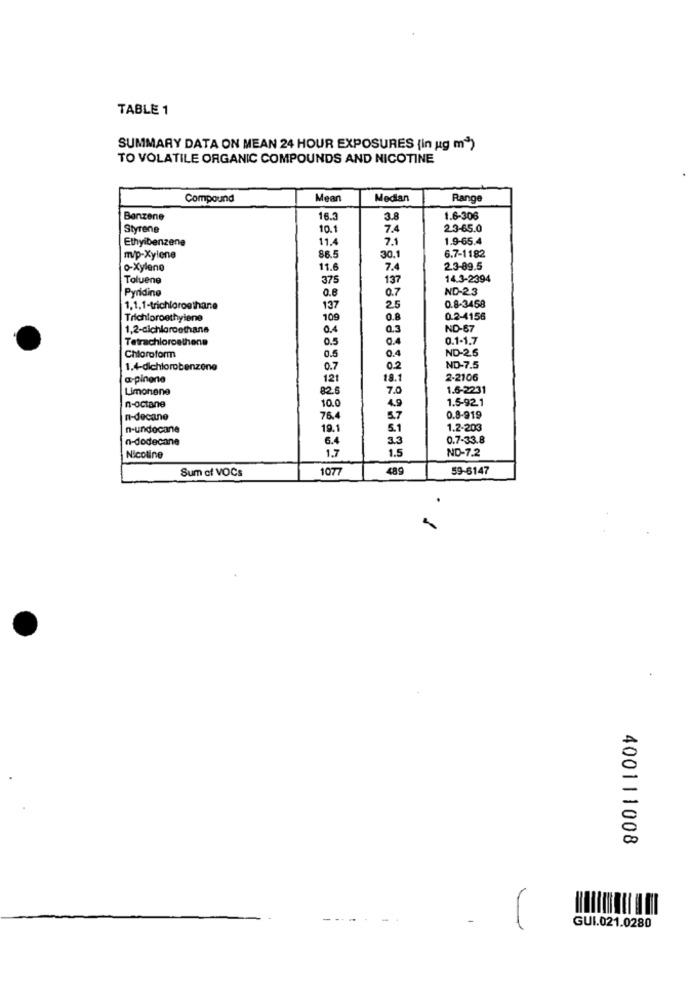
TABLE 1
SUMMARY DATA ON MEAN 24 HOUR EXPOSURES {in ug m")
TO VOLATILE ORGANIC COMPOUNDS AND NICOTINE
Compound
Mean
Median
Range
Benzene
16.3
3.8
1.6-306
Styrene
10.1
7.4
2.3-65.0
Ethyibenzene
11.4
7.1
1.9-65.4
6.7-1182
m/p-Xylene
86.5
30.1
o-Xylene
11.6
7.4
2.3-89.5
Toluene
375
137
14.3-2394
Pyridine
0.8
0.7
ND-23
0.8-3458
1.1.1-trichloroethane
137
25
Trichloroethylene
109
0.8
0.2-4156
1.2-cichloroethans
0,4
0.3
ND-67
Tetrachloroethene
0.5
0.4
0.1-1.7
0.4
ND-2.6
Chloroform
0.5
1.4-dichlorobenzene
0.7
0.2
NO-7.5
a-pinone
121
18.1
2-2106
Limonene
02.
7.0
1.6-2231
10.0
4.9
1.5-92.1
n-octane
0.8-919
n-decane
76.
5.7
n-undocane
19.1
5.1
1.2-203
n-dodecane
6.4
3.3
0.7-33.8
1.7
1.5
ND-7.2
Nicotine
Sum of VOCs
1077
489
59-6147
400111008
GUI.021.0280